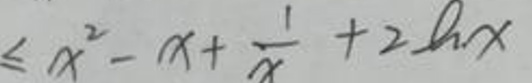
$\leq x^{2}-x+\frac{1}{x}+2\ln x$